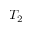
T _ { 2 }